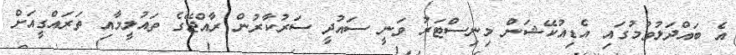
އެ ބައްދަލުވުމުގައި އެޑިއުކޭޝަން މިނިސްޓަރު ވަނީ ސައުދީ ސަރުކާރުން ރާއްޖޭގެ ތައުލީމާއި ތަރައްގީއަށް